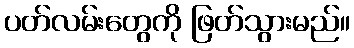
ပတ်လမ်းတွေကို ဖြတ်သွားမည်။